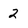
Character: 2